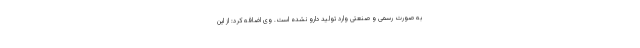
به صورت رسمی و صنعتی وارد تولید دارو نشده است. وی اضافه کرد: از این